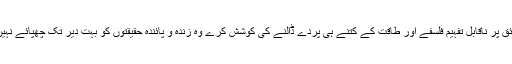
لیکن دنیا حقائق پر ناقابل تفہیم فلسفے اور طاقت کے کتنے ہی پردے ڈالنے کی کوشش کرے وہ زندہ و پائندہ حقیقتوں کو بہت دیر تک چھپائے نہیں رکھ سکتی۔